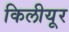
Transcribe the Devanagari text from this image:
किलीयूर